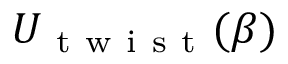
U _ { \mathrm { ~ t ~ w ~ i ~ s ~ t ~ } } ( \beta )